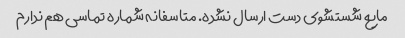
مایع شستشوی دست ارسال نشده. متاسفانه شماره تماسی هم ندارم